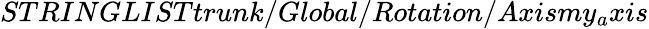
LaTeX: STRINGLISTtrunk/Global/Rotation/Axismy_{a}xis